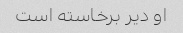
او دیر برخاسته است